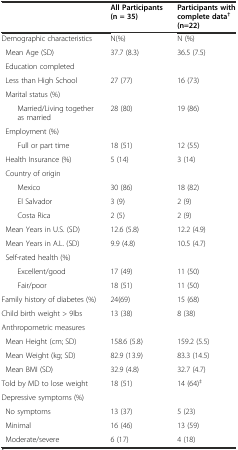
|  | All Participants (n = 35) | Participants with complete data†(n=22) |
 | --- | --- | --- |
 | Demographic characteristics | N(%) | N (%) |
 | Mean Age (SD) | 37.7 (8.3) | 36.5 (7.5) |
 | Education completed |  |  |
 | Less than High School | 27 (77) | 16 (73) |
 | Marital status (%) |  |  |
 | Married/Living together as married | 28 (80) | 19 (86) |
 | Employment (%) |  |  |
 | Full or part time | 18 (51) | 12 (55) |
 | Health Insurance (%) | 5 (14) | 3 (14) |
 | Country of origin |  |  |
 | Mexico | 30 (86) | 18 (82) |
 | El Salvador | 3 (9) | 2 (9) |
 | Costa Rica | 2 (5) | 2 (9) |
 | Mean Years in U.S. (SD) | 12.6 (5.8) | 12.2 (4.9) |
 | Mean Years in A.L. (SD) | 9.9 (4.8) | 10.5 (4.7) |
 | Self-rated health (%) |  |  |
 | Excellent/good | 17 (49) | 11 (50) |
 | Fair/poor | 18 (51) | 11 (50) |
 | Family history of diabetes (%) | 24(69) | 15 (68) |
 | Child birth weight > 9lbs | 13 (38) | 8 (38) |
 | Anthropometric measures |  |  |
 | Mean Height (cm; SD) | 158.6 (5.8) | 159.2 (5.5) |
 | Mean Weight (kg; SD) | 82.9 (13.9) | 83.3 (14.5) |
 | Mean BMI (SD) | 32.9 (4.8) | 32.7 (4.7) |
 | Told by MD to lose weight | 18 (51) | 14 (64)‡ |
 | Depressive symptoms (%) |  |  |
 | No symptoms | 13 (37) | 5 (23) |
 | Minimal | 16 (46) | 13 (59) |
 | Moderate/severe | 6 (17) | 4 (18) |